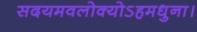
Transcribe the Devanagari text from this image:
सदयमवलोक्योऽहमधुना।